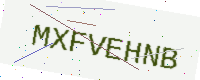
Text: MXFVEHNB